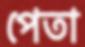
পেতা